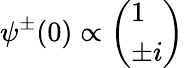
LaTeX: \psi^{\pm}(0)\propto\left(\begin{array}{l}{{1}}\\ {{\pm i}}\end{array}\right)